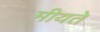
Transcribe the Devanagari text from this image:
मीयते